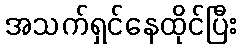
အသက်ရှင်နေထိုင်ပြီး